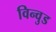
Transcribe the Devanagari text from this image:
विन्वुड